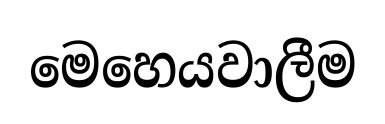
මෙහෙයවාලීම